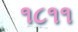
૧૮૧૧